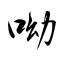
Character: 呦